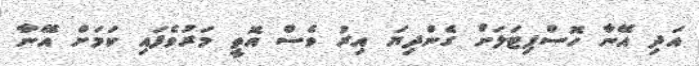
އަދި އޭނާ ހޮސްޕިޓަލަށް ގެންދިޔަ އިރު ވެސް އޮތީ މަރުވެފައި ކަމަށް އޭނާ